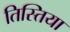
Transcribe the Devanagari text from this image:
तिस्तिया